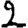
Digit: 2